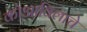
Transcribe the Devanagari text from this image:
कोआविलाचे